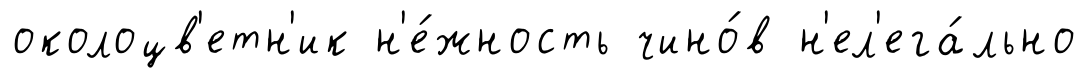
околоцв'етн'ик н'е́жность чино́в н'ел'ега́льно